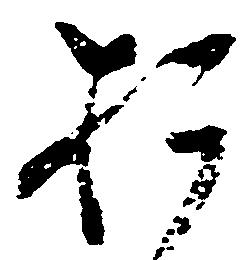
於